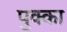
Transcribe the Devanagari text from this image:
पुक्का